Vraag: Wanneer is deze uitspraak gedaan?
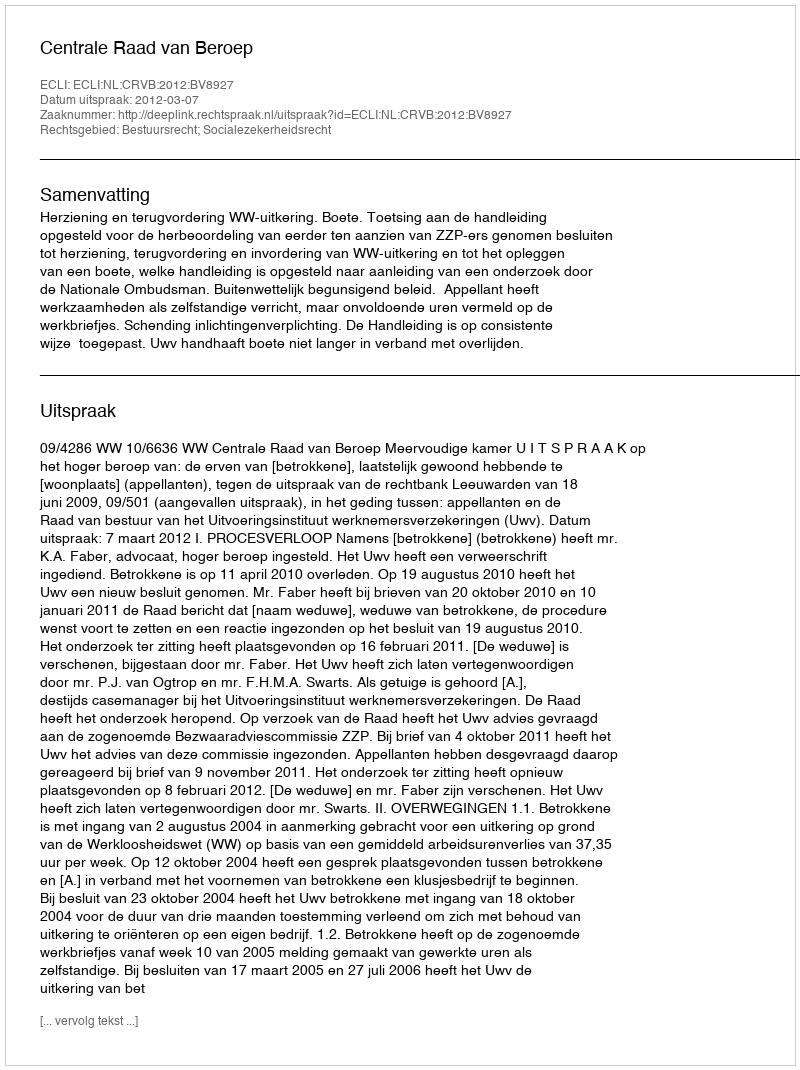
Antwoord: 2012-03-07